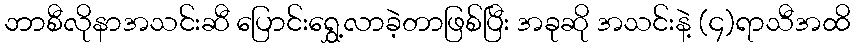
ဘာစီလိုနာအသင်းဆီ ပြောင်းရွှေ့လာခဲ့တာဖြစ်ပြီး အခုဆို အသင်းနဲ့ (၄)ရာသီအထိ